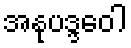
အနုပဒ္ဒဝေါ